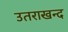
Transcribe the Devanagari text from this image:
उतराखन्द